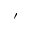
'